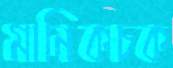
মানিকচক